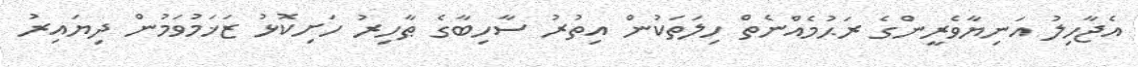
އެޖާހިލު އަނިޔާވެރީންގެ ރަޙުމެއްނެތް ހިލަތަކުން އިތުރު ސާހިބާގެ ޠާހިރު ހަށިކޮޅު ޒަޚަމުވަމުން ދިޔައިރު